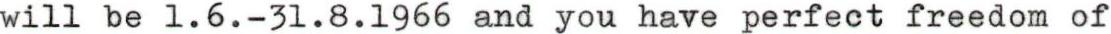
will be 1.6.-31.8.1966 and you have perfect freedom of